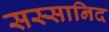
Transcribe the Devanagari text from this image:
सस्सानिद